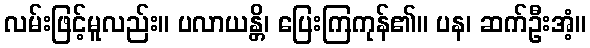
လမ်းဖြင့်မူလည်း။ ပလာယန္တိ၊ ပြေးကြကုန်၏။ ပန၊ ဆက်ဦးအံ့။